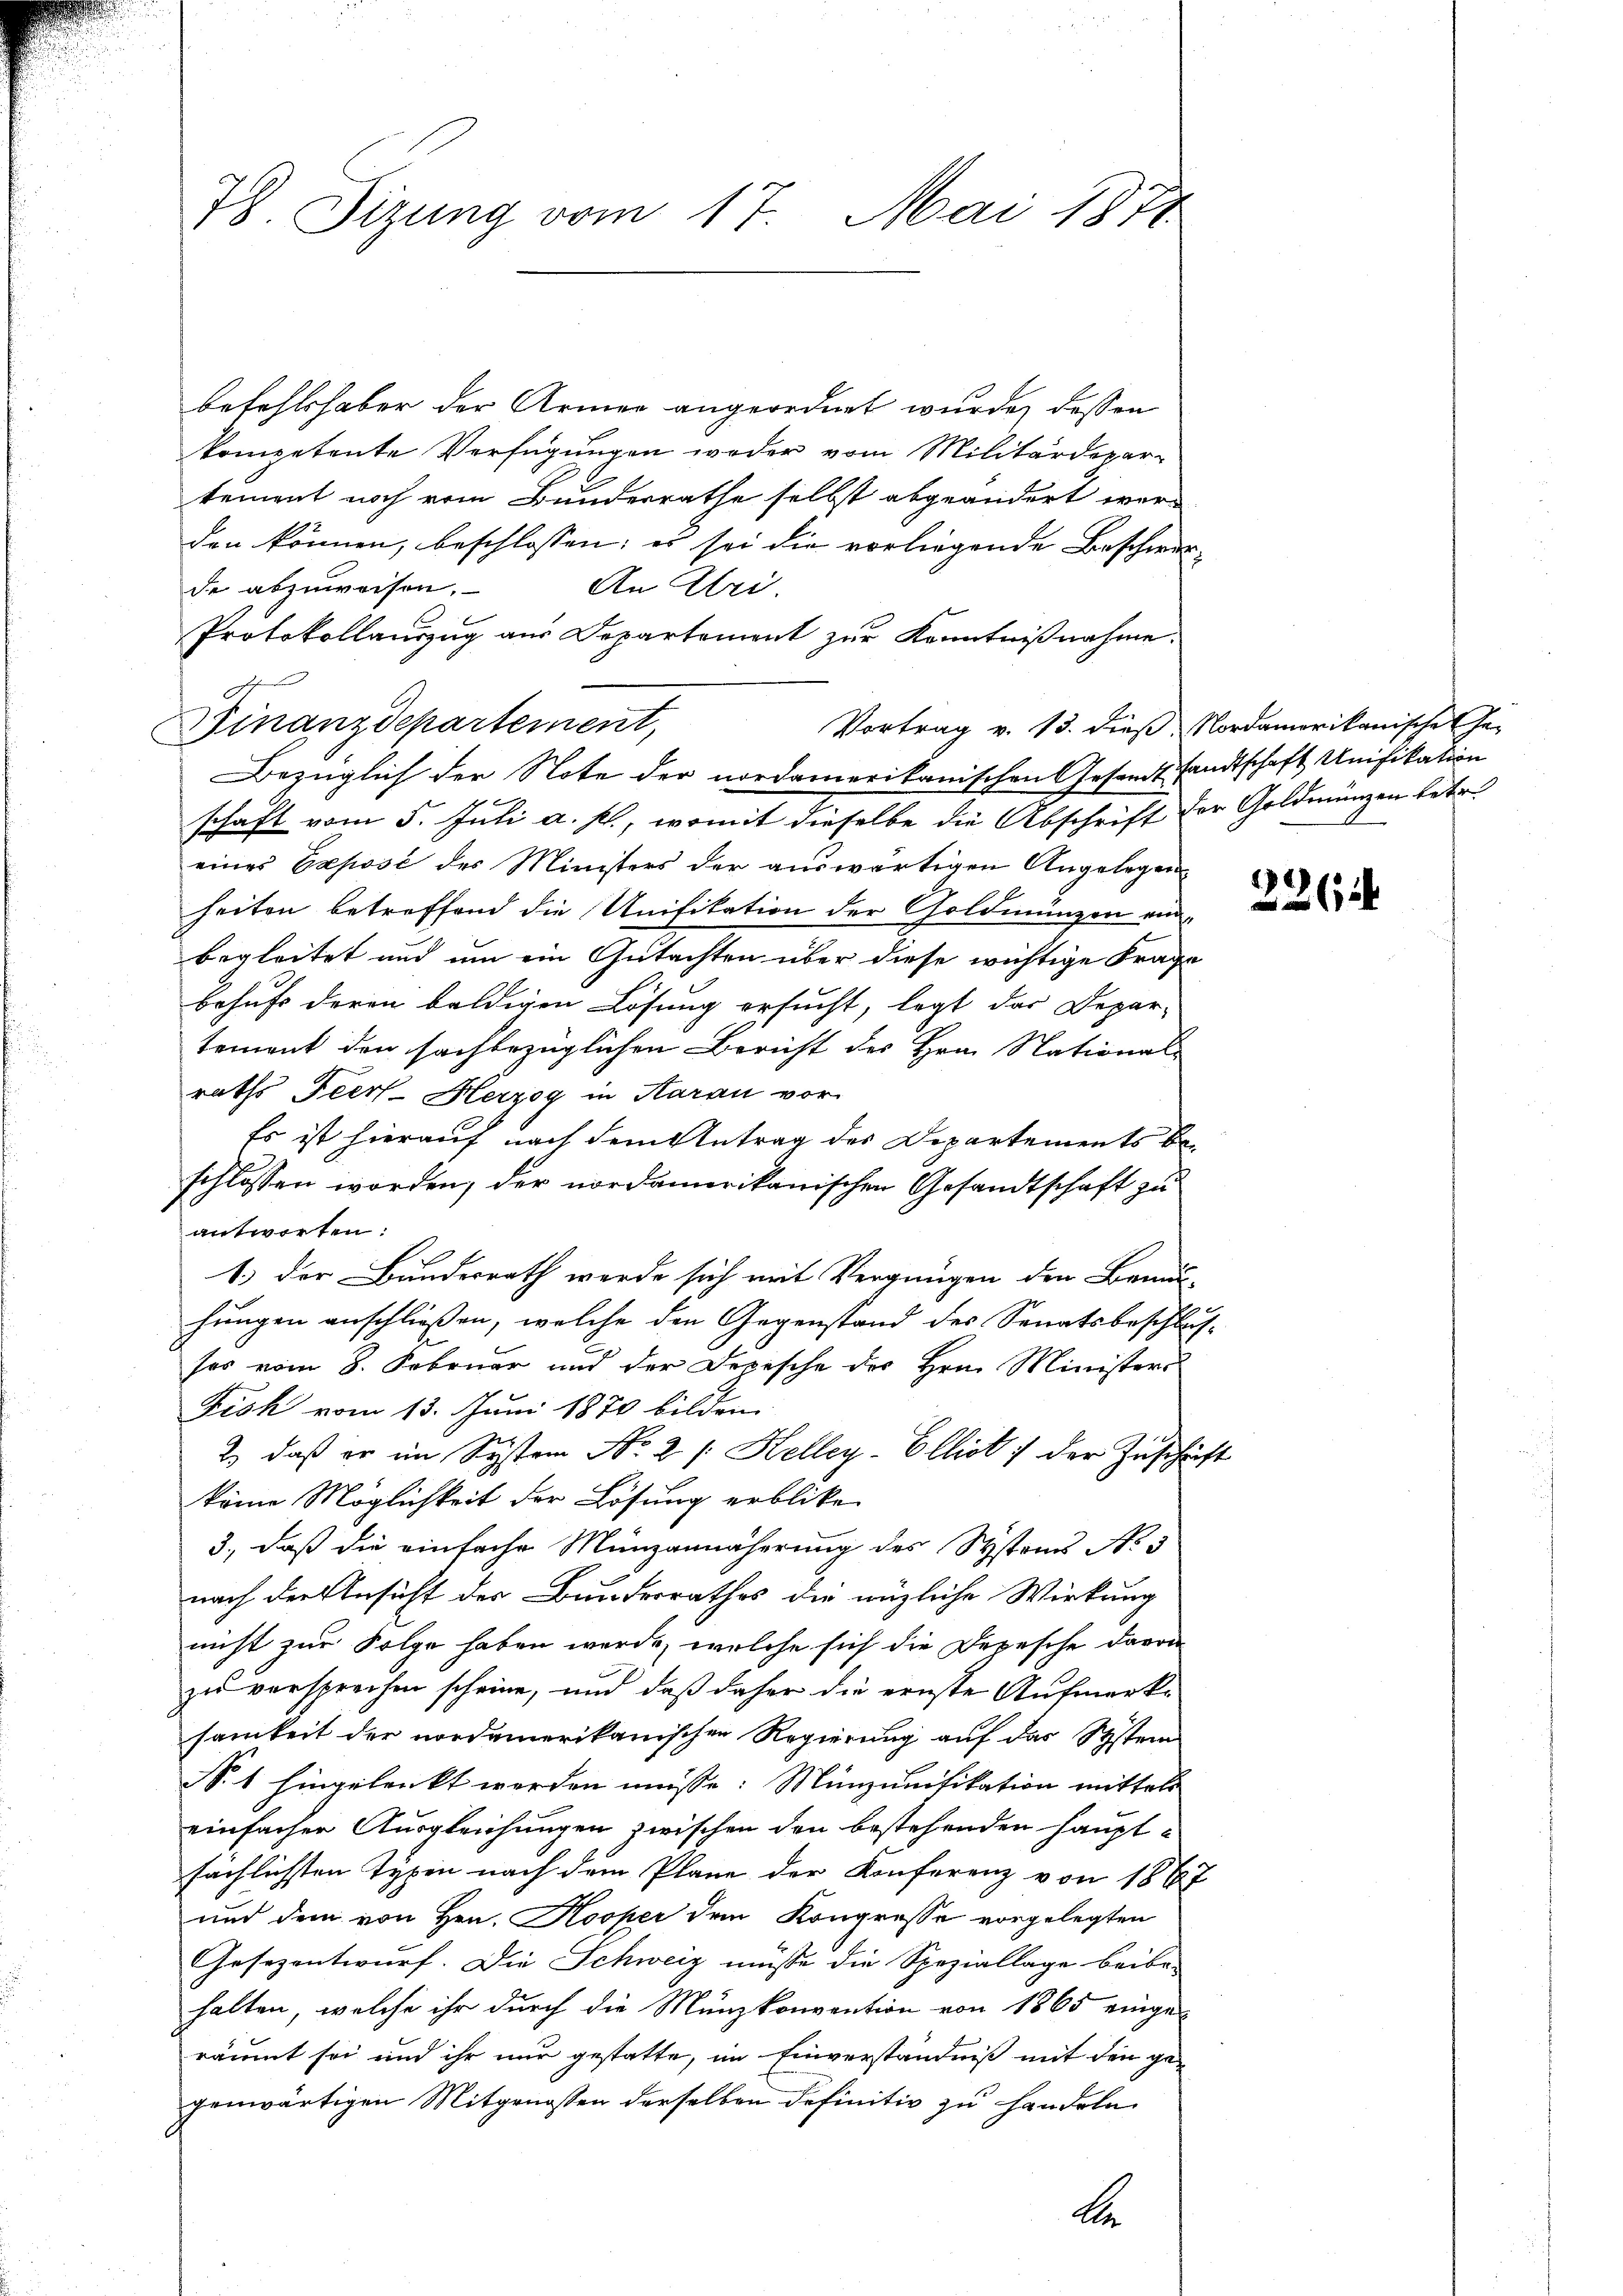
78. Sizung vom 17. Mai 1877

befehlshaber der Armen angeordnet wurde, dessen
kompetente Verfügungen weder vom Militärdepar-
tement noch vom Bunderrathe selbst abgeändert werden können, beschlossen; es sei die vorliegende Beschieds-
de abzuweisen.
An Abri.
Protokollauszug aus Departement zur Kenntnißnahme.
Vortrag v. 13. dieß, Nordamerikanische Ge-
Finanzdepartement,
Bezüglich der Note der nordamerikanischen Gesandt sandtschaft Unifikation
schaft vom 5. Juli a. p., womit dieselbe die Abschrift der Goldmünzen betr.
eines Exposé des Ministers der auswärtigen Angelegen
heiten betreffend die Unifikation der Goldmünzen ein-
begleitet und um ein Gutachten über diese wichtige Frage
behufs deren baldigen Lösung ersucht, legt das Depar-
tement den sachbezüglichen Bericht des Hrn. National-
raths Peer- Herzog in Aarau vor
Es ist hierauf nach dem Antrag des Departements beschlossen worden, der nordamerikanischen Gesandtschaft zu
antworten:
1.) Der Bundesrath werde sich mit Vergnügen den Beau-
hungen anschließen, welche den Gegenstand des Senatsbeschlusses vom 8. Februar und der Depesche der Herr Ministers
Fick vom 13. Juni 1870 bilden.
2) daß er im System No 2 /: Kelley-Elliot :/ der Zuschäft
keine Möglichkeit der Lösung erblicke
3., daß die einfache Münzannäherung des Systems No 3
nach der Ansicht der Bunderrathes die mögliche Wirkung
nicht zur Folge haben werde, welche sich die Depesche davon
zu versprechen scheine, und daß daher die ernste Aufmerksamkeit der nordamerikanischen Regierung auf das System
S.1 hingelenkt werden müsse: Münzunifikation mittels
einfacher Ausgleichungen zwischen den bestehenden Hauptsächlichsten Typen nach dem Plane der Konferenz von 1867
und dem von Hrn. Kooper dem Kongresse vorgelegten
Gesezentwurf. Die Schweiz müsse die Speziallage beibe-
halten, welche ihr durch die Münzkonvention von 1865 einge-
räumt sei und ihr nur gestatte, im Einverständniß mit den ge-
genwärtigen Mitgenossen derselben definitiv zu handeln.
be

2264